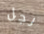
رجل